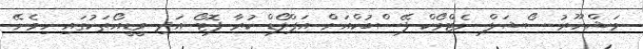
މަޝްހޫރު ސޯޝަލް ނެޓްވޯކް ފޭސްބުކްއަށް އަޕްލޯޑް ކުރާ ފޮޓޯ އަދި ވީޑީއޯތަކުގައި ހިމެނޭ